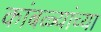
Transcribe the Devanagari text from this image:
कांबळ्यांच्या